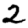
Digit: 2